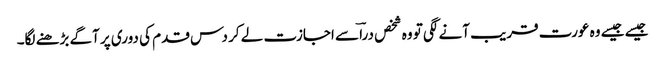
جیسے جیسے وہ عورت قریب آنے لگی تو وہ شخص دراؔ سے اجازت لے کر دس قدم کی دوری پر آگے بڑھنے لگا۔